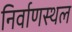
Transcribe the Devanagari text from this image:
निर्वाणस्थल